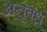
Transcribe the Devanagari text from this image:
अनुबंध्